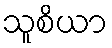
သူစိယာ